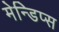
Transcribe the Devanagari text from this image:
मेन्डिप्स